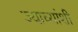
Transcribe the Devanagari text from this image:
ज्याच्यांशी